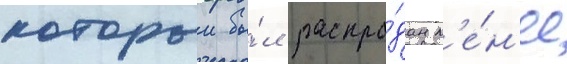
которыи бы́л распро́дан м'е́н'ее